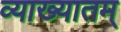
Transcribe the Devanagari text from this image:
व्याख्यातम्